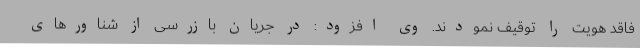
فاقد هویت را توقیف نمودند. وی افزود: در جریان بازرسی از شناورهای